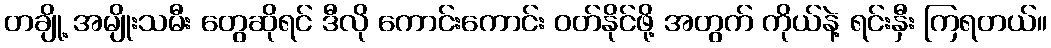
တချို့ အမျိုးသမီး တွေဆိုရင် ဒီလို ကောင်းကောင်း ဝတ်နိုင်ဖို့ အတွက် ကိုယ်နဲ့ ရင်းနှီး ကြရတယ်။